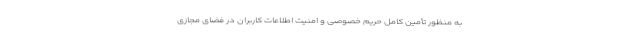
به منظور تأمین کامل حریم خصوصی و امنیت اطلاعات کاربران در فضای مجازی